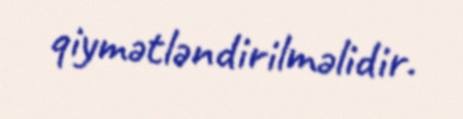
qiymətləndirilməlidir.